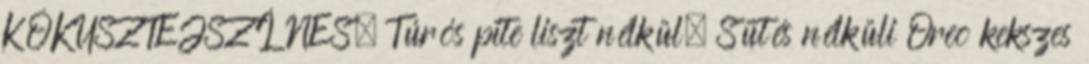
KÓKUSZTEJSZÍNES. Túrós pite liszt nélkül. Sütés nélküli Oreo kekszes